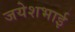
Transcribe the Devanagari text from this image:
जयेशभाई